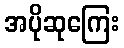
အပိုဆုကြေး